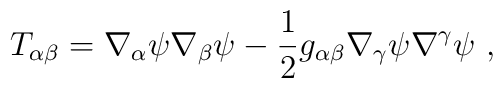
T_{\alpha\beta}=\nabla_{\alpha}\psi \nabla_{\beta}\psi-\frac{1}{2}g_{\alpha\beta} \nabla_{\gamma}\psi \nabla^{\gamma}\psi~,